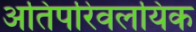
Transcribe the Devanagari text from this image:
अतिपरिवलयिक